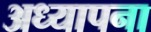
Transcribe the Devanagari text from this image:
अध्यापना